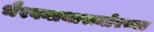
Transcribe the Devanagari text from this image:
भैरवनाथासमोरच्या